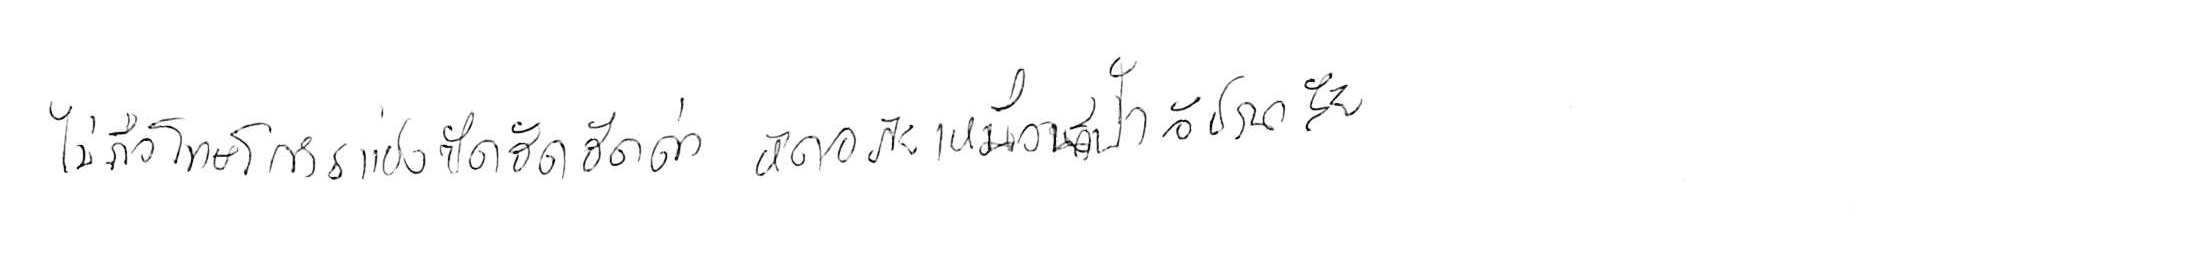
ไม่ถือโทษโกรธแช่งซัดฮึดฮัดด่า หัดอภัยเหมือนกีฬาอัชฌาสัย